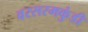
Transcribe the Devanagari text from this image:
वरसरमकुंडी